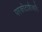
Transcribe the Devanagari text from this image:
परकोटाशेजारी